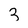
Character: 3